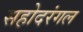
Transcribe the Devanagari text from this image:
सहोदरंगल